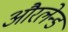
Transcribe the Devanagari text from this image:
औरलेन्ड